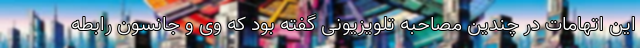
این اتهامات در چندین مصاحبه تلویزیونی گفته بود که وی و جانسون رابطه